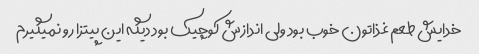
خدایش طعم غذاتون خوب بود ولی اندازش کوچیک بود دیگه این پیتزا رو نمیگیرم